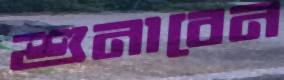
শুনাবেন